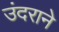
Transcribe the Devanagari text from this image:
उंदराने